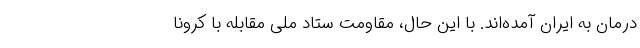
درمان به ایران آمده‌اند. با این حال، مقاومت ستاد ملی مقابله با کرونا